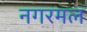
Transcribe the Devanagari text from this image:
नगरमल